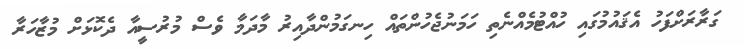
ގަރާރަށްފަހު އެޤައުމުގައި ހުއްޓުމެއްނެތި ހަމަނުޖެހުންތައް ހިނގަމުންދާއިރު މާދަމާ ވެސް މުރުސީއާ ދެކޮޅަށް މުޒާހަރާ